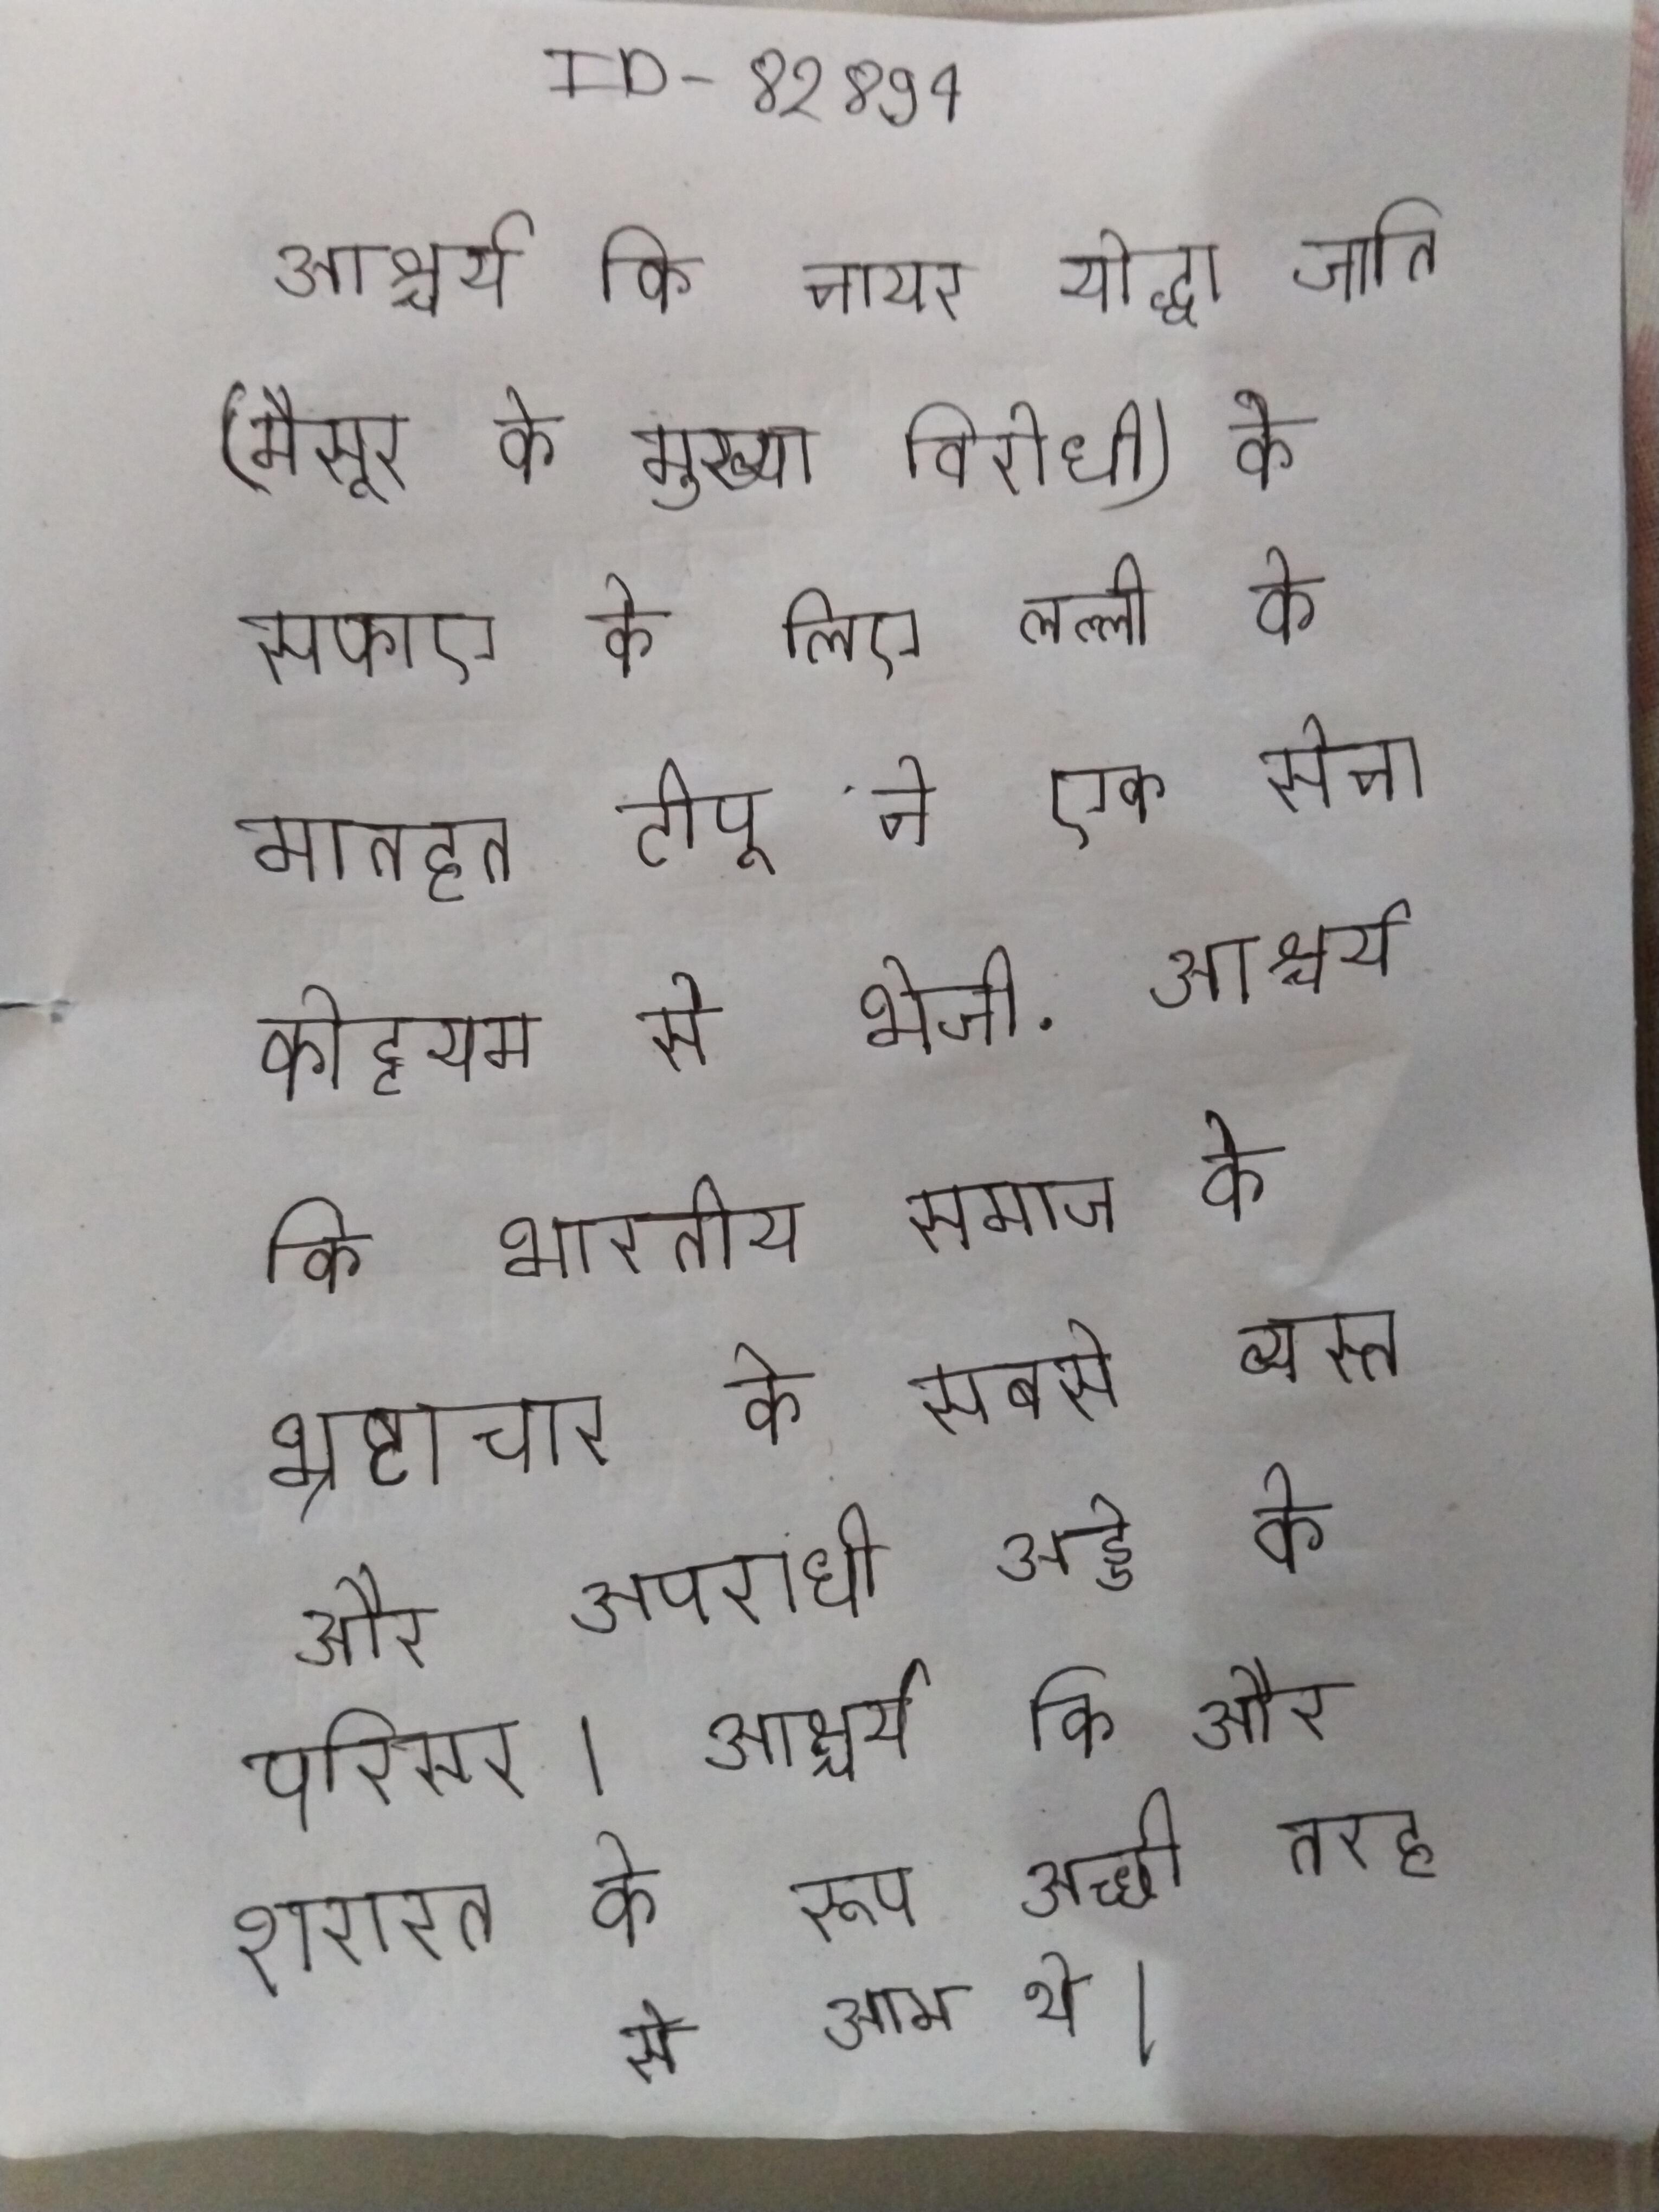
आश्चर्य कि नायर योद्धा जाति (मैसूर के मुख्य विरोधी) के सफाए के लिए लल्ली के मातहत टीपू ने एक सेना कोट्टयम से भेजी . आश्चर्य कि भारतीय समाज के भ्रष्टाचार के सबसे व्यस्त और अपराधी अड्डे के परिसर । आश्चर्य कि और शरारत के रूप अच्छी तरह से आम थे ।